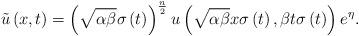
LaTeX: \begin{align*}\tilde{u}\left( x,t\right) =\left( \sqrt{\alpha \beta }\sigma \left(t\right) \right) ^{\frac{n}{2}}u\left( \sqrt{\alpha \beta }x\sigma \left(t\right) ,\beta t\sigma \left( t\right) \right) e^{\eta }. \end{align*}